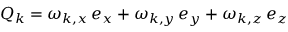
\boldsymbol { Q } _ { k } = \omega _ { k , x } \, \boldsymbol { e } _ { x } + \omega _ { k , y } \, \boldsymbol { e } _ { y } + \omega _ { k , z } \, \boldsymbol { e } _ { z }